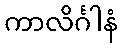
ကာလိင်္ဂါနံ